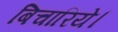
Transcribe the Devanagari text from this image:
बिचारिये।